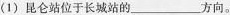
(1) 昆仑站位于长城站的___方向。